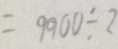
= 9 9 0 0 \div 2